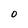
Character: 0